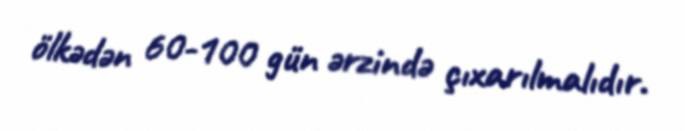
ölkədən 60-100 gün ərzində çıxarılmalıdır.